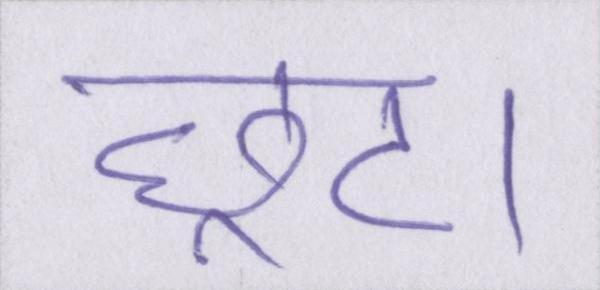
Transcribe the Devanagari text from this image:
छूट।